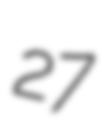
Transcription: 27